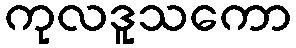
ကုလဒူသကော